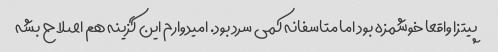
پیتزا واقعا خوشمزه بود اما متاسفانه کمی سرد بود. امیدوارم این گزینه هم اصلاح بشه